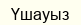
Үшауыз